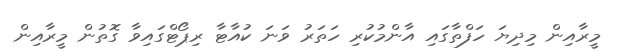
މީރާއިން މިދިޔަ ހަފްތާގައި އާންމުކުރި ހަތަރު ވަނަ ކުއާޓާ ރިޕޯޓްގައިވާ ގޮތުން މީރާއިން